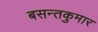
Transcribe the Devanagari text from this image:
बसन्तकुमार